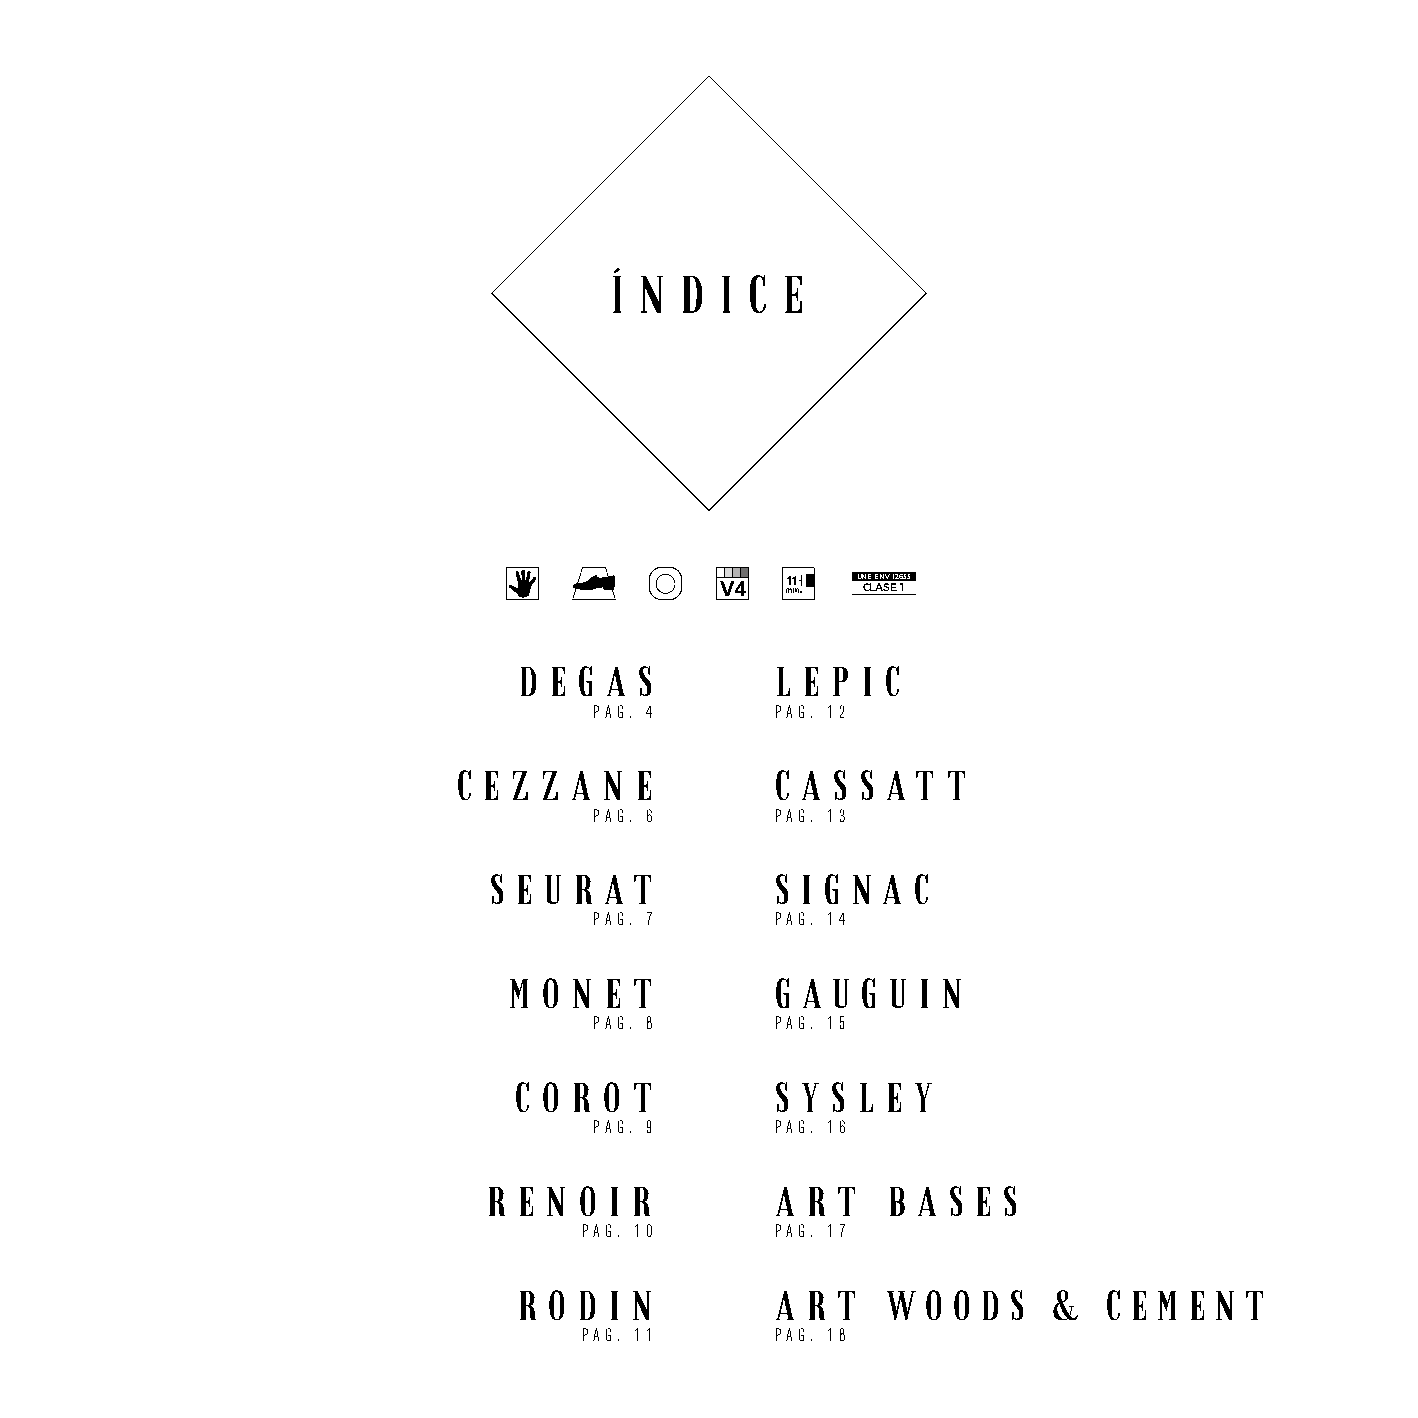
Í N  D  I C E
 UNE-ENV 12633
 CLASE 1
 D E G A S        L E P I C
 PAG. 4      PAG. 12
 C E Z Z A N E        C A S S A T T
 PAG. 6      PAG. 13
 S E U R A T        S I G N A C
 PAG. 7      PAG. 14
 M O N E T        G A U G U I N
 PAG. 8      PAG. 15
 C O R O T        S Y S L E Y
 PAG. 9      PAG. 16
 R E N O I R        A R T   B A S E S
 PAG. 10      PAG. 17
 R O D I N        A R T   W O O D S  &  C E M E N T
 PAG. 11      PAG. 18